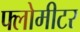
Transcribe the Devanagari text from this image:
फ्लोमीटर